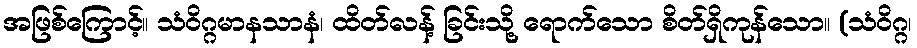
အဖြစ်ကြောင့်။ သံဝိဂ္ဂမာနသာနံ၊ ထိတ်လန့် ခြင်းသို့ ရောက်သော စိတ်ရှိကုန်သော။ (သံဝိဂ္ဂ၊